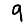
Digit: 9